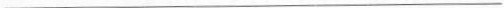
___